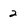
Character: 2